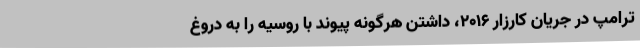
ترامپ در جریان کارزار 2016، داشتن هرگونه پیوند با روسیه را به دروغ